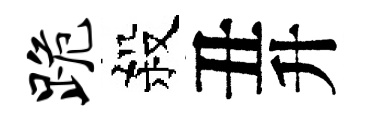
跪殺丑升